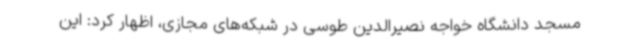
مسجد دانشگاه خواجه نصیرالدین طوسی در شبکه‌های مجازی، اظهار کرد: این